Indian journal of veterinary science and animal husbandry - Volumes 24-25, 1954-1955
Year: 1954
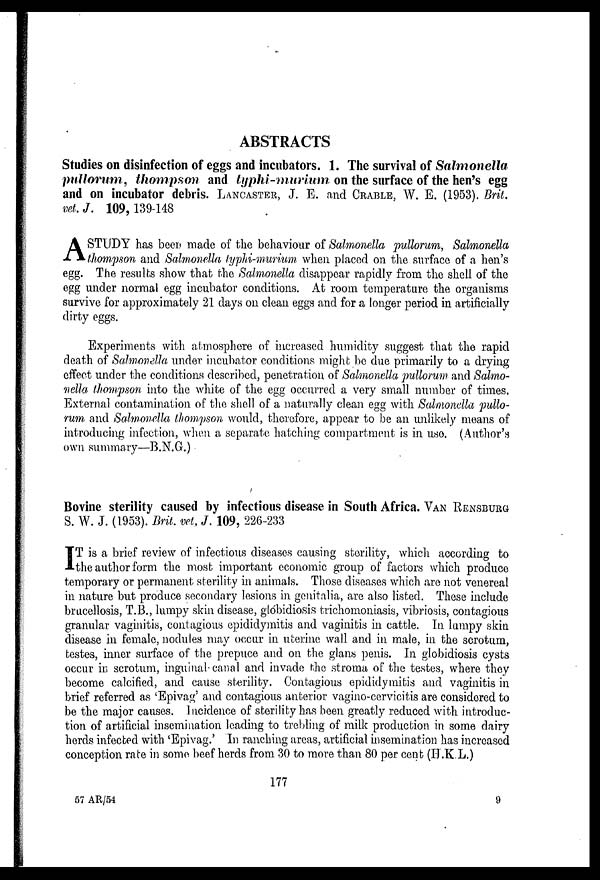
ABSTRACTS
Studies on disinfection of eggs and incubators. 1. The survival of Salmonella
pullorum, thompson and typhi-murium
on the surface of the hen's egg
and on incubator debris. LANCASTER, J. E. and CRABLE, W. E. (1953). Brit.
vet. J. 109, 139-148
A STUDY has been made of the behaviour of Salmonella pullorum, Salmonella
thompson and Salmonella typhi-murium when placed on the surface of a hen's
egg. The results show that the Salmonella disappear rapidly from the shell of the
egg under normal egg incubator conditions. At room temperature the organisms
survive for approximately 21 days on clean eggs and for a longer period in artificially
dirty eggs.
Experiments with atmosphere of increased humidity suggest that the rapid
death of Salmonella under incubator conditions might be due primarily to a drying
effect under the conditions described, penetration of Salmonella pullorum and Salmo-
nella thompson into the white of the egg occurred a very small number of times.
External contamination of the shell of a naturally clean egg with Salmonella pullo-
rum and Salmonella thompson would, therefore, appear to be an unlikely means of
introducing infection, when a separate hatching compartment is in use. (Author's
own summary—B.N.G.)
Bovine sterility caused by infectious disease in South Africa. VAN RENSBURG
S. W. J. (1953). Brit. vet, J. 109, 226-233
I T is a brief review of infectious diseases causing sterility, which according to
the author form the most important economic group of factors which produce
temporary or permanent sterility in animals. Those diseases which are not venereal
in nature but produce secondary lesions in genitalia, are also listed. These include
brucellosis, T.B., lumpy skin disease, glóbidiosis trichomoniasis, vibriosis, contagious
granular vaginitis, contagious epididymitis and vaginitis in cattle. In lumpy skin
disease in female, nodules may occur in uterine wall and in male, in the scrotum,
testes, inner surface of the prepuce and on the glans penis. In globidiosis cysts
occur in scrotum, inguinal canal and invade the stroma of the testes, where they
become calcified, and cause sterility. Contagious epididymitis and vaginitis in
brief referred as 'Epivag' and contagious anterior vagino-cervicitis are considered to
be the major causes. Incidence of sterility has been greatly reduced with introduc-
tion of artificial insemination leading to trebling of milk production in some dairy
herds infected with 'Epivag.' In ranching areas, artificial insemination has increased
conception rate in some beef herds from 30 to more than 80 per cent (H.K.L.)
177
57 AR/54
9